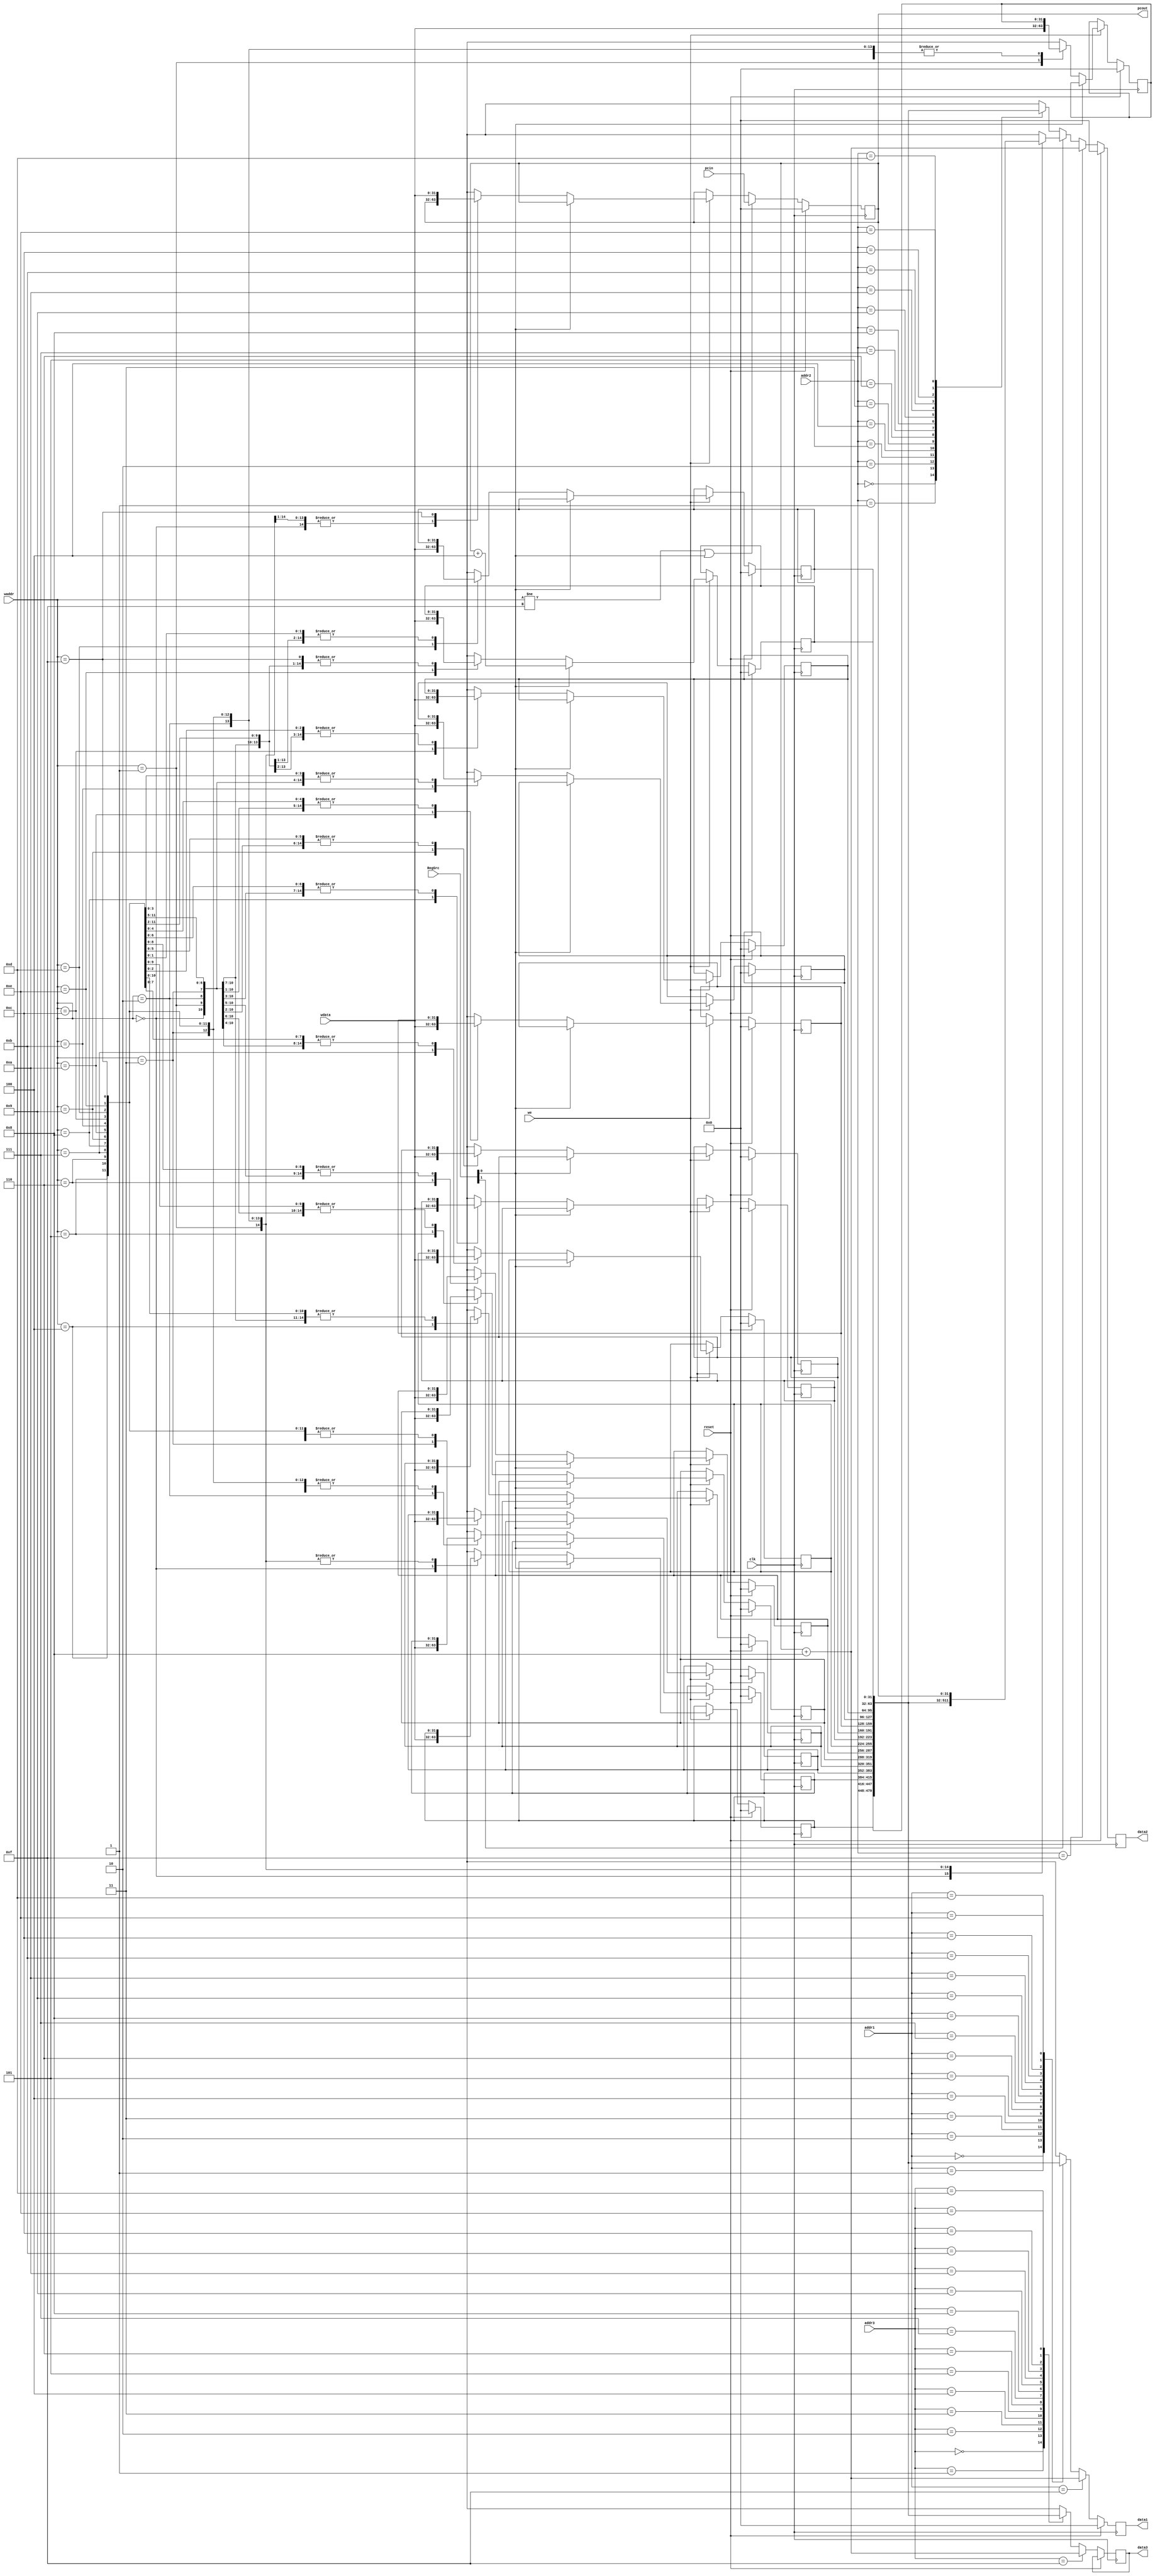
module RegisterFile(
	input clk,
	input reset,
	input we,
	input[1:0] RegSrc,
	input[3:0] addr1,
	input[3:0] addr2,
	input[3:0] addr3,
	input[3:0] waddr,
	input[31:0] wdata,
	input[31:0] pcin,
	output reg[31:0] data1,
	output reg[31:0] data2,
	output reg[31:0] data3,
	output[31:0] pcout
	);
	
	reg[31:0] registers[15:0];
	integer idx;
	
	assign pcout = registers[15];
		
	// write to register file
	always @ (negedge clk)
	begin
		if (reset)
		begin
			for(idx=0; idx<=15; idx=idx+1) begin
				registers[idx] = 'h00000000;
			end
		end
		else
		begin
			if(we)
			begin
				if(RegSrc[0] != 1'b1)
					registers[waddr] = wdata;
				else
					registers[14] = registers[15] + 'd4;
			end
			
			if (waddr != 4'b1111 || RegSrc[0] == 1'b1)
				registers[15] = pcin;
		end
	end
	
	// read from register file
	always @ (posedge clk)
	begin
		if (reset)
		begin
			data1 <= 'h00000000;
			data2 <= 'h00000000;
		end
		else
		begin
			if (addr1 == 15) begin
				data1 = registers[15] + 32'd8;
			end
			else begin
				data1 = registers[addr1];
			end
			
			if (addr2 == 15) begin
				data2 = registers[15] + 32'd8;
			end
			else
			begin
				// RegSrc MUX
				if (RegSrc[1] == 1'b0)
					data2 = registers[addr2];
				else
					data2 = registers[waddr];
			end
			if (addr3 == 15) begin
				data3 = registers[15] + 32'd8;
			end
			else begin
				data3 = registers[addr3];
			end
		end
	end

endmodule